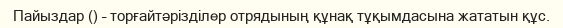
Пайыздар () – торғайтәрізділер отрядының құнақ тұқымдасына жататын құс.